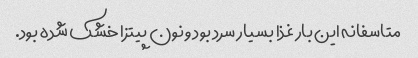
متاسفانه این بار غذا بسیار سرد بود و نون پیتزا خشک شده بود.